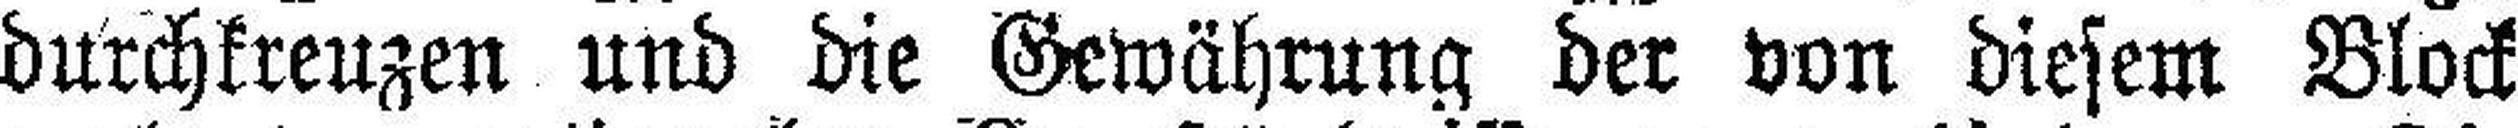
durchkreuzen und die Gewährung der von diesem Block